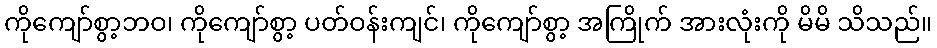
ကိုကျော်စွာ့ဘဝ၊ ကိုကျော်စွာ့ ပတ်ဝန်းကျင်၊ ကိုကျော်စွာ့ အကြိုက် အားလုံးကို မိမိ သိသည်။